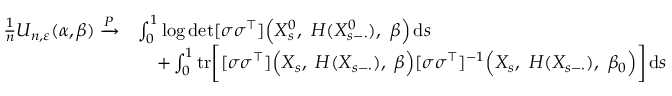
\begin{array} { r l } { \frac { 1 } { n } U _ { n , \varepsilon } ( \alpha , \beta ) \xrightarrow { P } } & { \int _ { 0 } ^ { 1 } \log \operatorname* { d e t } [ \sigma \sigma ^ { \top } ] \Bigl ( X _ { s } ^ { 0 } , ~ H ( X _ { s - \cdot } ^ { 0 } ) , ~ \beta \Bigr ) \, \mathrm { d } s } \\ & { \quad + \int _ { 0 } ^ { 1 } \mathrm { t r } \bigg [ [ \sigma \sigma ^ { \top } ] \Bigl ( X _ { s } , ~ H ( X _ { s - \cdot } ) , ~ \beta \Bigr ) [ \sigma \sigma ^ { \top } ] ^ { - 1 } \Bigl ( X _ { s } , ~ H ( X _ { s - \cdot } ) , ~ \beta _ { 0 } \Bigr ) \bigg ] \, \mathrm { d } s } \end{array}